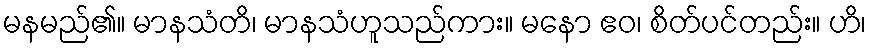
မနမည်၏။ မာနသံတိ၊ မာနသံဟူသည်ကား။ မနော ဧဝ၊ စိတ်ပင်တည်း။ ဟိ၊